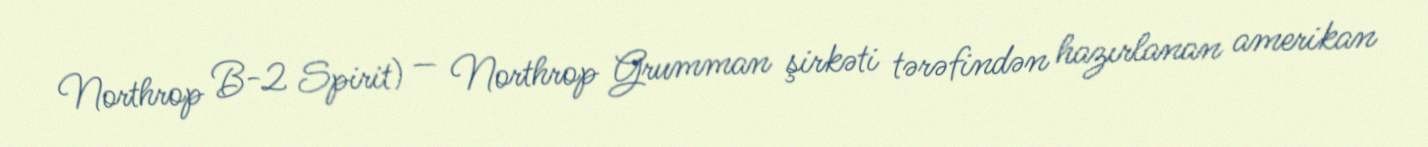
Northrop B-2 Spirit) — Northrop Grumman şirkəti tərəfindən hazırlanan amerikan